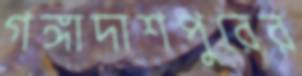
গঙ্গাদাশপুরের